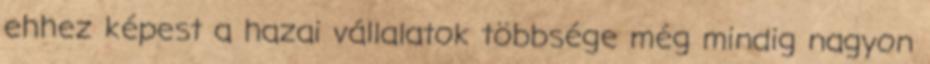
ehhez képest a hazai vállalatok többsége még mindig nagyon